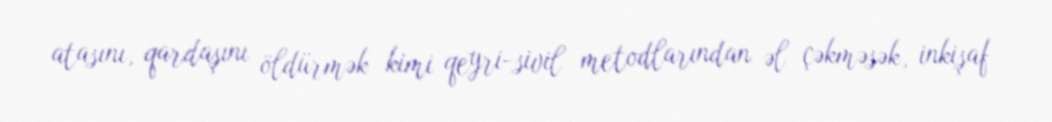
atasını, qardaşını öldürmək kimi qeyri-sivil metodlarından əl çəkməsək, inkişaf